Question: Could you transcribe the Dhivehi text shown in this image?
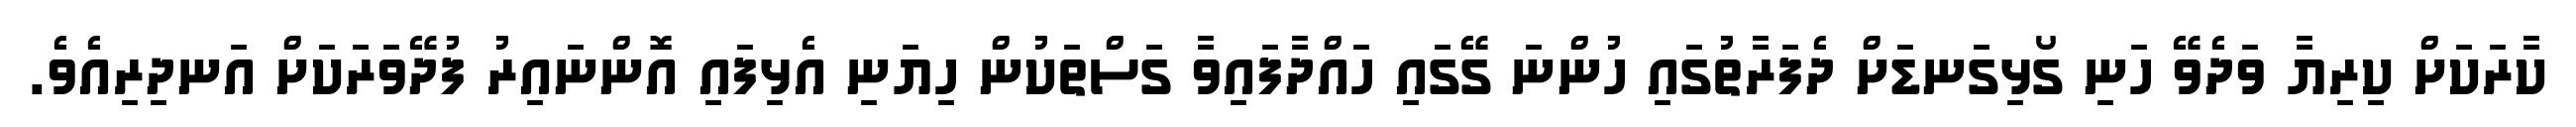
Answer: ކާރަކަށް ކިރިޔާ ވަދެވޭ ހަނި ގޯޅިގަނޑަށް ދެފަރާތުގައި ހުންނަ ގޭގައި ހައްދާފައިވާ ގަސްތަކުން ހިޔަނި އެޅިފައި އޮންނައިރު ފުދޭވަރަކަށް އަނދިރިއެވެ.